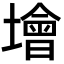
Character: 𡑭